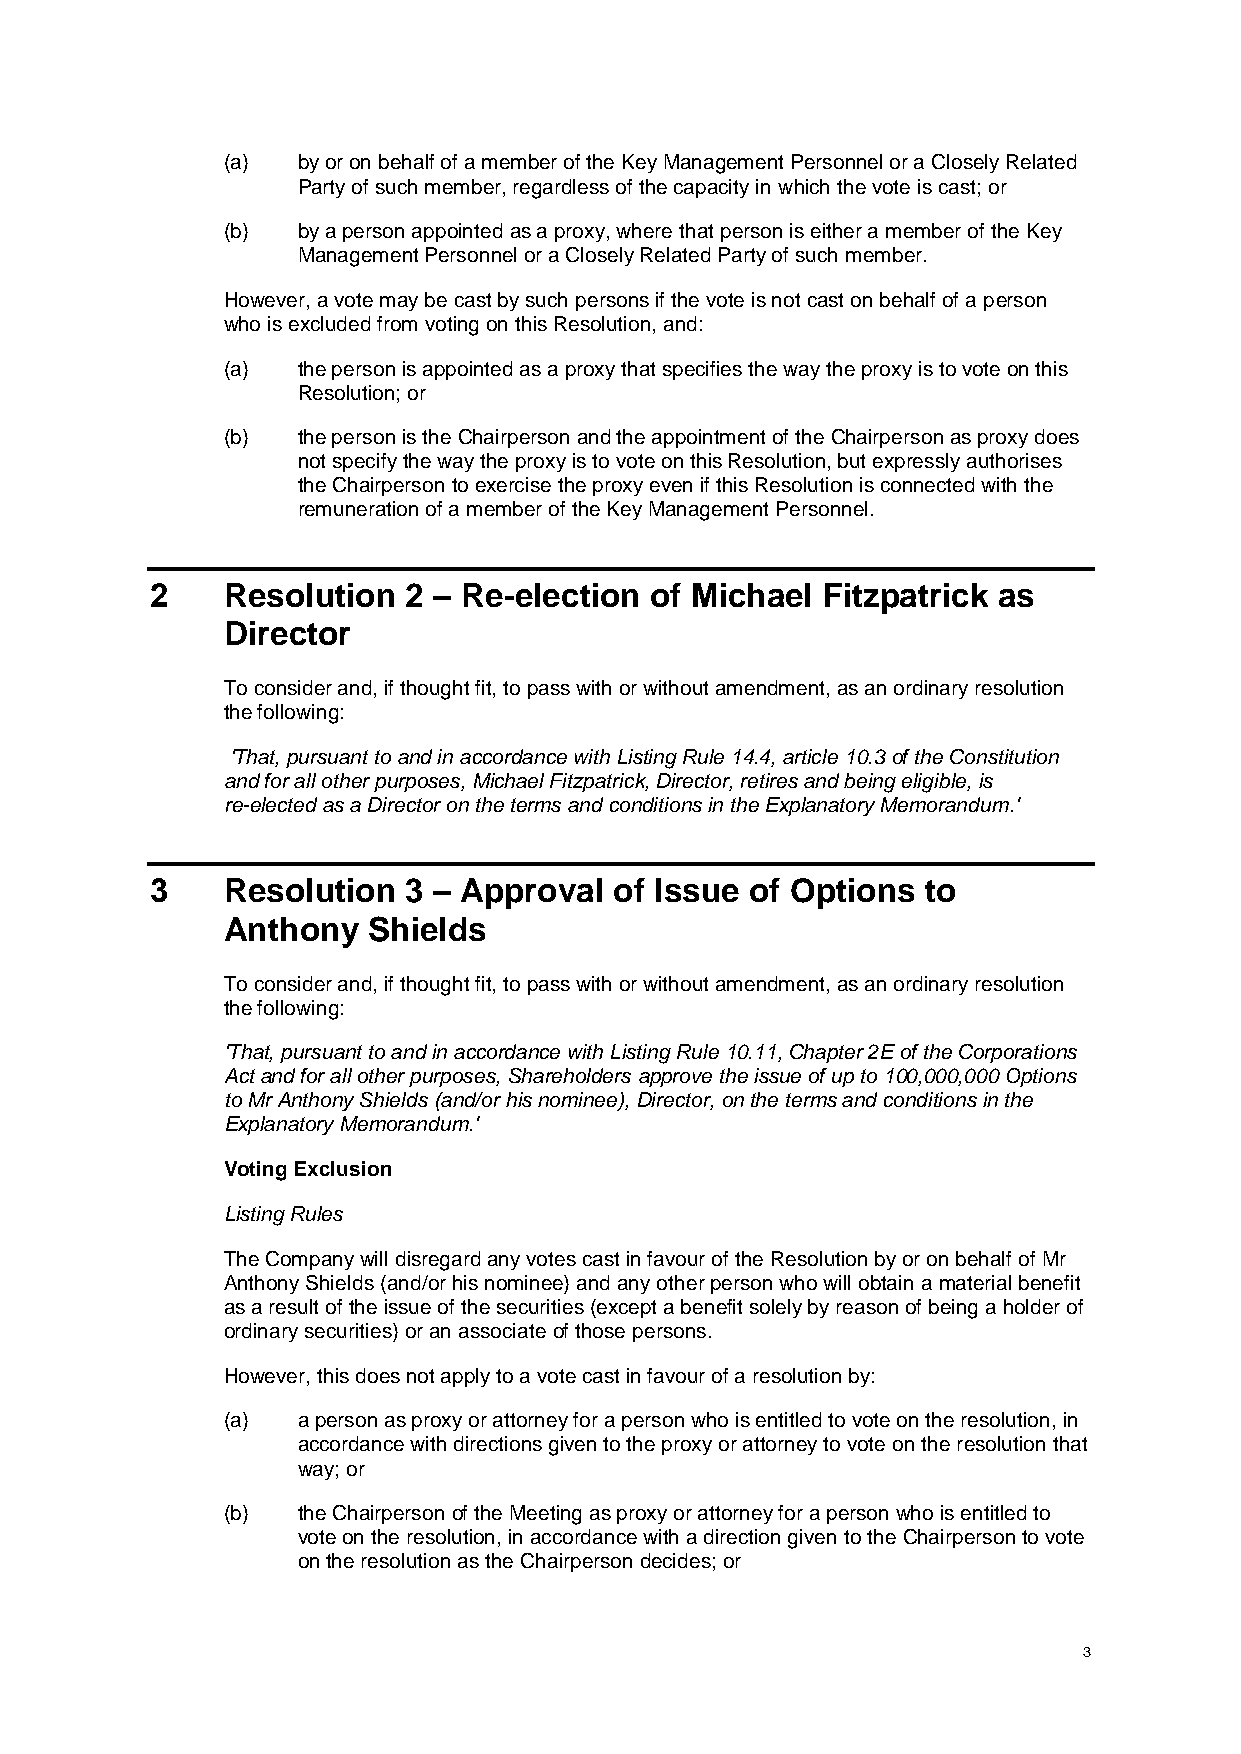
(a)  by or on behalf of a member of the Key Management Personnel or a Closely Related
 Party of such member, regardless of the capacity in which the vote is cast; or
 (b)  by a person appointed as a proxy, where that person is either a member of the Key
 Management Personnel or a Closely Related Party of such member.
 However, a vote may be cast by such persons if the vote is not cast on behalf of a person
 who is excluded from voting on this Resolution, and:
 (a)  the person is appointed as a proxy that specifies the way the proxy is to vote on this
 Resolution; or
 (b)  the person is the Chairperson and the appointment of the Chairperson as proxy does
 not specify the way the proxy is to vote on this Resolution, but expressly authorises
 the Chairperson to exercise the proxy even if this Resolution is connected with the
 remuneration of a member of the Key Management Personnel.
 2    Resolution  2 – Re-election of Michael Fitzpatrick as
 Director
 To consider and, if thought fit, to pass with or without amendment, as an ordinary resolution
 the following:
 'That, pursuant to and in accordance with Listing Rule 14.4, article 10.3 of the Constitution
 and for all other purposes, Michael Fitzpatrick, Director, retires and being eligible, is
 re-elected as a Director on the terms and conditions in the Explanatory Memorandum.'
 3    Resolution  3 – Approval  of Issue of Options to
 Anthony  Shields
 To consider and, if thought fit, to pass with or without amendment, as an ordinary resolution
 the following:
 'That, pursuant to and in accordance with Listing Rule 10.11, Chapter 2E of the Corporations
 Act and for all other purposes, Shareholders approve the issue of up to 100,000,000 Options
 to Mr Anthony Shields (and/or his nominee), Director, on the terms and conditions in the
 Explanatory Memorandum.'
 Voting Exclusion
 Listing Rules
 The Company will disregard any votes cast in favour of the Resolution by or on behalf of Mr
 Anthony Shields (and/or his nominee) and any other person who will obtain a material benefit
 as a result of the issue of the securities (except a benefit solely by reason of being a holder of
 ordinary securities) or an associate of those persons.
 However, this does not apply to a vote cast in favour of a resolution by:
 (a)  a person as proxy or attorney for a person who is entitled to vote on the resolution, in
 accordance with directions given to the proxy or attorney to vote on the resolution that
 way; or
 (b)  the Chairperson of the Meeting as proxy or attorney for a person who is entitled to
 vote on the resolution, in accordance with a direction given to the Chairperson to vote
 on the resolution as the Chairperson decides; or
 3